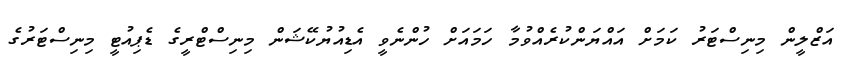
އަޒްލީން މިނިސްޓަރު ކަމަށް އައްޔަންކުރެއްވުމާ ހަމައަށް ހުންނެވީ އެޑިއުޔުކޭޝަން މިނިސްޓްރީގެ ޑެޕިއުޓީ މިނިސްޓަރުގެ